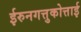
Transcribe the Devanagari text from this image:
ईरुनगत्तुकोत्ताई